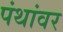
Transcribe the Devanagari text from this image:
पंथांवर